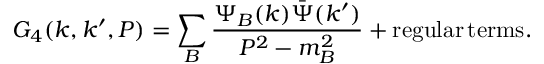
G _ { 4 } ( k , k ^ { \prime } , P ) = \sum _ { B } { \frac { \Psi _ { B } ( k ) \bar { \Psi } ( k ^ { \prime } ) } { P ^ { 2 } - m _ { B } ^ { 2 } } } + \mathrm { r e g u l a r } \, \mathrm { t e r m s } .